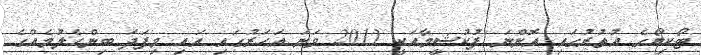
ޓޯކިޔޯގެ އުތުރުގައި އޮންނަ ފުކުޝީމާއަކީ 2011 ވަނަ އަހަރުގައި އައި މިފަދަ ބިންހެލުމެއްގެ